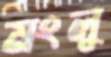
মংলু